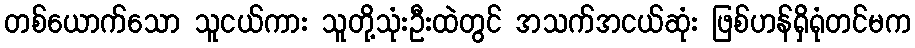
တစ်ယောက်သော သူငယ်ကား သူတို့သုံးဦးထဲတွင် အသက်အငယ်ဆုံး ဖြစ်ဟန်ရှိရုံတင်မက